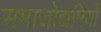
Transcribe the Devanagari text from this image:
समाजोद्यमियों